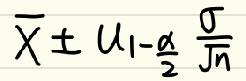
$\overline{X} \pm u_{1-\frac{\alpha}{2}}\frac{\sigma}{\sqrt{n}}$